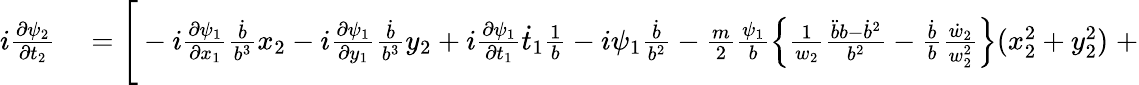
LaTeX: \begin{array}{rl}{i\frac{\partial\psi_{2}}{\partial t_{2}}}&{{}=\Bigg[-i\frac{\partial\psi_{1}}{\partial x_{1}}\frac{\dot{b}}{b^{3}}x_{2}-i\frac{\partial\psi_{1}}{\partial y_{1}}\frac{\dot{b}}{b^{3}}y_{2}+i\frac{\partial\psi_{1}}{\partial t_{1}}\dot{t}_{1}\frac{1}{b}-i\psi_{1}\frac{\dot{b}}{b^{2}}-\frac{m}{2}\frac{\psi_{1}}{b}\left\{ \frac{1}{w_{2}}\frac{\ddot{b}b-\dot{b}^{2}}{b^{2}}-\frac{\dot{b}}{b}\frac{\dot{w}_{2}}{w_{2}^{2}}\right\} (x_{2}^{2}+y_{2}^{2})\; +}\end{array}